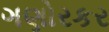
ગણોરકર